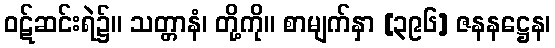
ဝဋ်ဆင်းရဲ၌။ သတ္တာနံ၊ တို့ကို။ စာမျက်နှာ [၃၉၆] ဇနနဋ္ဌေန၊